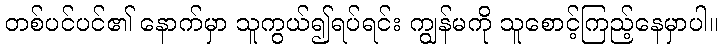
တစ်ပင်ပင်၏ နောက်မှာ သူကွယ်၍ရပ်ရင်း ကျွန်မကို သူစောင့်ကြည့်နေမှာပါ။